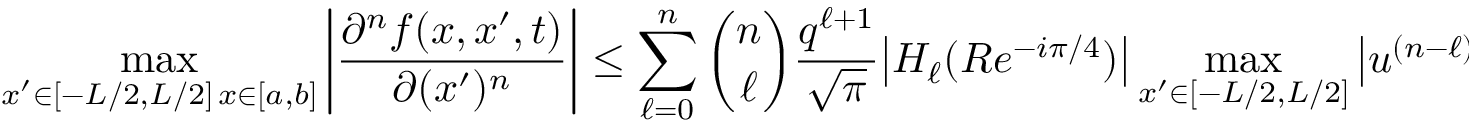
\operatorname* { m a x } _ { \substack { x ^ { \prime } \in [ - L / 2 , L / 2 ] \, x \in [ a , b ] } } \bigg | \frac { \partial ^ { n } f ( x , x ^ { \prime } , t ) } { \partial ( x ^ { \prime } ) ^ { n } } \bigg | \leq \sum _ { \ell = 0 } ^ { n } \binom { n } { \ell } \frac { q ^ { \ell + 1 } } { \sqrt { \pi } } \big | H _ { \ell } ( R e ^ { - i \pi / 4 } ) \big | \operatorname* { m a x } _ { x ^ { \prime } \in [ - L / 2 , L / 2 ] } \big | u ^ { ( n - \ell ) } ( x ^ { \prime } ) \big | .